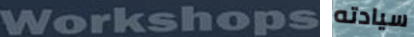
Workshops سيادته